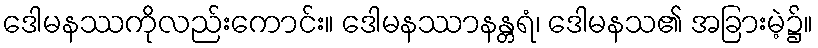
ဒေါမနဿကိုလည်းကောင်း။ ဒေါမနဿာနန္တရံ၊ ဒေါမနသ၏ အခြားမဲ့၌။